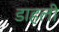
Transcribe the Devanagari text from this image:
डाहली